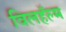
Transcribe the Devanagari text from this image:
विलहॅल्म